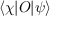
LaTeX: \langle \chi | O | \psi \rangle